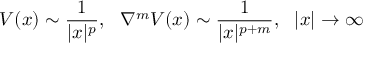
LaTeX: V ( x ) \sim \frac { 1 } { | x | ^ { p } } , \, \, \, \, \nabla ^ { m } V ( x ) \sim \frac { 1 } { | x | ^ { p + m } } , \, \, \, \, | x | \rightarrow \infty